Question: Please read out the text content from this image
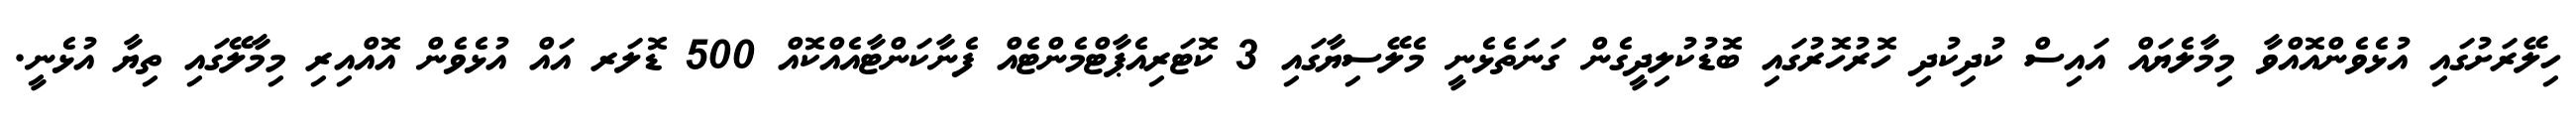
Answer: ހިލޭރަށުގައި އުޅެވެންއޮއްވާ މިމާލެޔައް އައިސް ކުދިކުދި ހޮރުހޮރުގައި ބޮޑުކުލިދީގެން ގަނަތެޅެނީ މެލޭސިޔާގައި 3 ކޮޓަރިއެޕާޓްމެންޓެއް ފެނާކަންޓާއެއްކޮއް 500 ޑޮލަރ އައް އުޅެވެން އޮއްއިރި މިމާލޭގައި ތިޔާ އުޅެނީ.